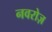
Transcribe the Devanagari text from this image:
नवरोज़